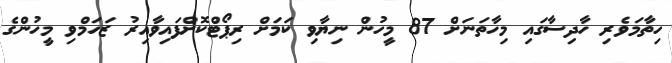
ހިތާމަވެރި ހާދިސާގައި މިހާތަނަށް 87 މީހުން ނިޔާވި ކަމަށް ރިޕޯޓްކޮށްފައިވާއިރު ޒަހަމްވި މީހުންގެ